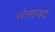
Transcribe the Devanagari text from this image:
स्टेनहार्ड्ट